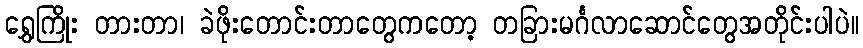
ရွှေကြိုး တားတာ၊ ခဲဖိုးတောင်းတာတွေကတော့ တခြားမင်္ဂလာဆောင်တွေအတိုင်းပါပဲ။